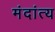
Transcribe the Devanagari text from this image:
मंदांत्य